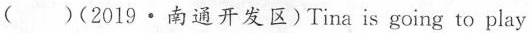
( )(2019·南通开发区)Tina is going to play